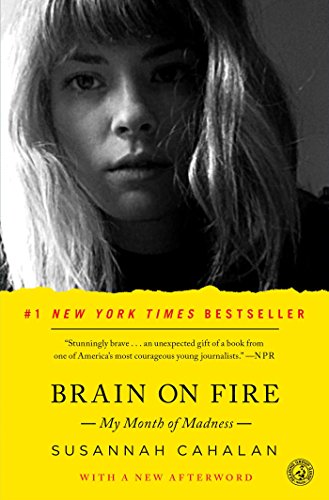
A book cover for Brain on Fire: My Month of Madness; Susannah Cahalan; Biographies & Memoirs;